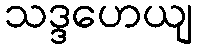
သဒ္ဒဟေယျ